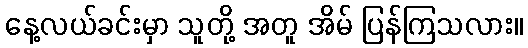
နေ့လယ်ခင်းမှာ သူတို့ အတူ အိမ် ပြန်ကြသလား။